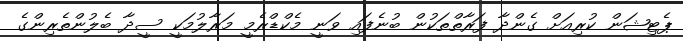
ޕެޓިޝަން ކުރިއަށް ގެންދާ ފަރާތްތަކުން ބުނެފައި ވަނީ މެކްޑްރެމީ މަރާލުމަކީ ސީދާ ބެލުންތެރިންގެ